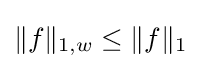
\|f\|_{1,w}\leq \|f\|_{1}